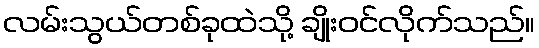
လမ်းသွယ်တစ်ခုထဲသို့ ချိုးဝင်လိုက်သည်။